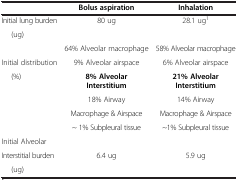
|  | Bolus aspiration | Inhalation |
 | --- | --- | --- |
 | Initial lung burden | <ROWSPAN=2> 80 ug | <ROWSPAN=2> 28.1 ug1 |
 | (ug) |
 |  | 64% Alveolar macrophage | 58% Alveolar macrophage |
 | Initial distribution | 9% Alveolar airspace | 6% Alveolar airspace |
 | <ROWSPAN=4> (%) | 8% Alveolar Interstitium | 21% Alveolar Interstitium |
 | 18% Airway | 14% Airway |
 | Macrophage & Airspace | Macrophage & Airspace |
 | ~ 1% Subpleural tissue | ~1% Subpleural tissue |
 | Initial Alveolar |  |  |
 | Interstitial burden | 6.4 ug | 5.9 ug |
 | (ug) |  |  |